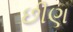
છીણ